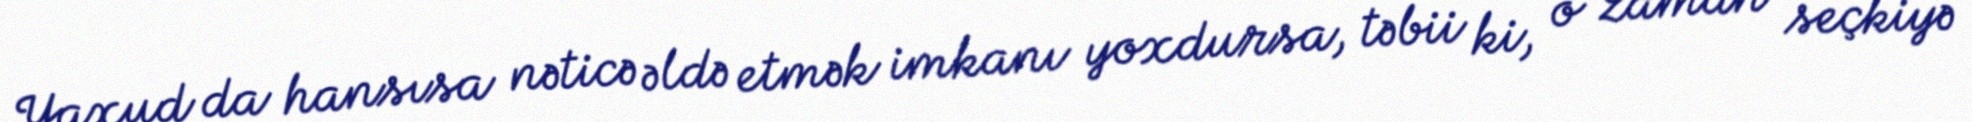
Yaxud da hansısa nəticə əldə etmək imkanı yoxdursa, təbii ki, o zaman seçkiyə